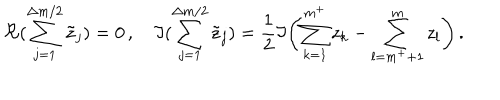
\Re { ( \sum _ { j = 1 } ^ { \Delta m / 2 } \tilde { z } _ { j } ) } = 0 \, , \quad \Im { ( \sum _ { j = 1 } ^ { \Delta m / 2 } \tilde { z } _ { j } ) } = \frac { 1 } { 2 } \Im { \left( \sum _ { k = 1 } ^ { m ^ { + } } z _ { k } - \sum _ { l = m ^ { + } + 1 } ^ { m } z _ { l } \right) } \, .